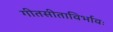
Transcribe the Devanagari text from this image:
गीतसीताविर्भावः